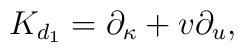
{K}_{d_1}=\partial_{\kappa }+v\partial_u,